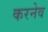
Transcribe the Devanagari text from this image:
करनेव